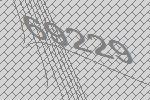
69229